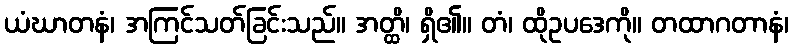
ယံဃာတနံ၊ အကြင်သတ်ခြင်းသည်။ အတ္ထိ၊ ရှိ၏။ တံ၊ ထိုဥပဒေကို။ တထာဂတာနံ၊